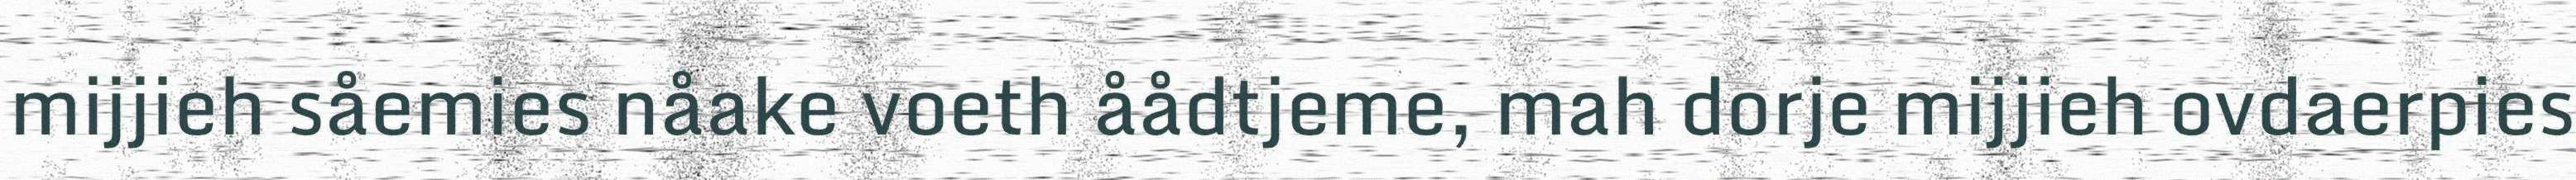
mijjieh såemies nåake voeth åådtjeme, mah dorje mijjieh ovdaerpies